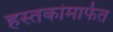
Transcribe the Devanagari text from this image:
हस्तकांमार्फत